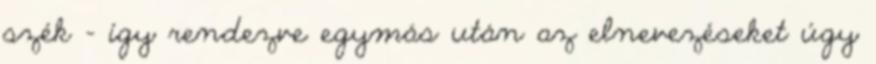
szék – így rendezve egymás után az elnevezéseket úgy